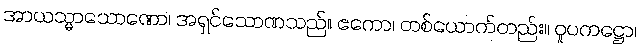
အာယသ္မာသောဏော၊ အရှင်သောဏသည်။ ဧကော၊ တစ်ယောက်တည်း။ ဝူပကဋ္ဌော၊